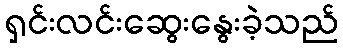
ရှင်းလင်းဆွေးနွေးခဲ့သည်